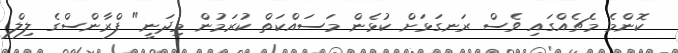
ކޮންމެ މެޗެއްގައި ވެސް ރަނގަޅަށް ކުޅެން މަސައްކަތް ކުރަމުން މިދަނީ" ފްރާންސްގެ ލިލް